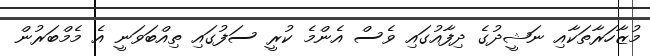
މުޒާހަރާތަކާއި ނަޝީދުގެ ދިފާއުގައި ވެސް އެންމެ ކުރީ ސަފުގައި ތިއްބަވަނީ އެ މެމްބަރުން